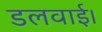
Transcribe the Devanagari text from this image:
डलवाई।